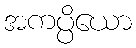
အကပ္ပိယော